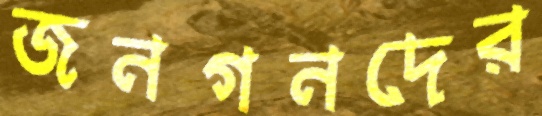
জনগনদের